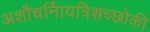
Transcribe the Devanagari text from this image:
अशौचर्निायत्रिशच्छोकी